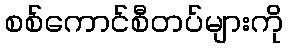
စစ်ကောင်စီတပ်များကို